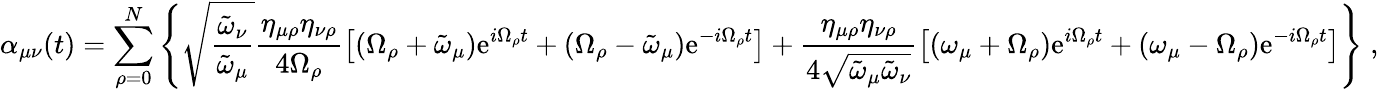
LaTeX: \alpha_{\mu\nu}(t)=\sum_{\rho=0}^{N}\left\{ \sqrt{\frac{\tilde{\omega}_{\nu}}{\tilde{\omega}_{\mu}}}\frac{\eta_{\mu\rho}\eta_{\nu\rho}}{4\Omega_{\rho}}\left[\left(\Omega_{\rho}+\tilde{\omega}_{\mu}\right)\mathrm{e}^{i\Omega_{\rho}t}+\left(\Omega_{\rho}-\tilde{\omega}_{\mu}\right)\mathrm{e}^{-i\Omega_{\rho}t}\right]+\frac{\eta_{\mu\rho}\eta_{\nu\rho}}{4\sqrt{\tilde{\omega}_{\mu}\tilde{\omega}_{\nu}}}\left[\left(\omega_{\mu}+\Omega_{\rho}\right)\mathrm{e}^{i\Omega_{\rho}t}+\left(\omega_{\mu}-\Omega_{\rho}\right)\mathrm{e}^{-i\Omega_{\rho}t}\right]\right\} \; ,